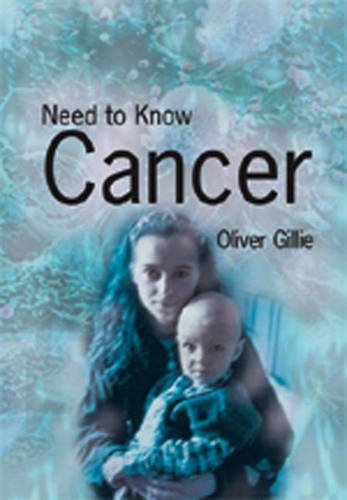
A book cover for Cancer (Need to know); Oliver Gillie; Teen & Young Adult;